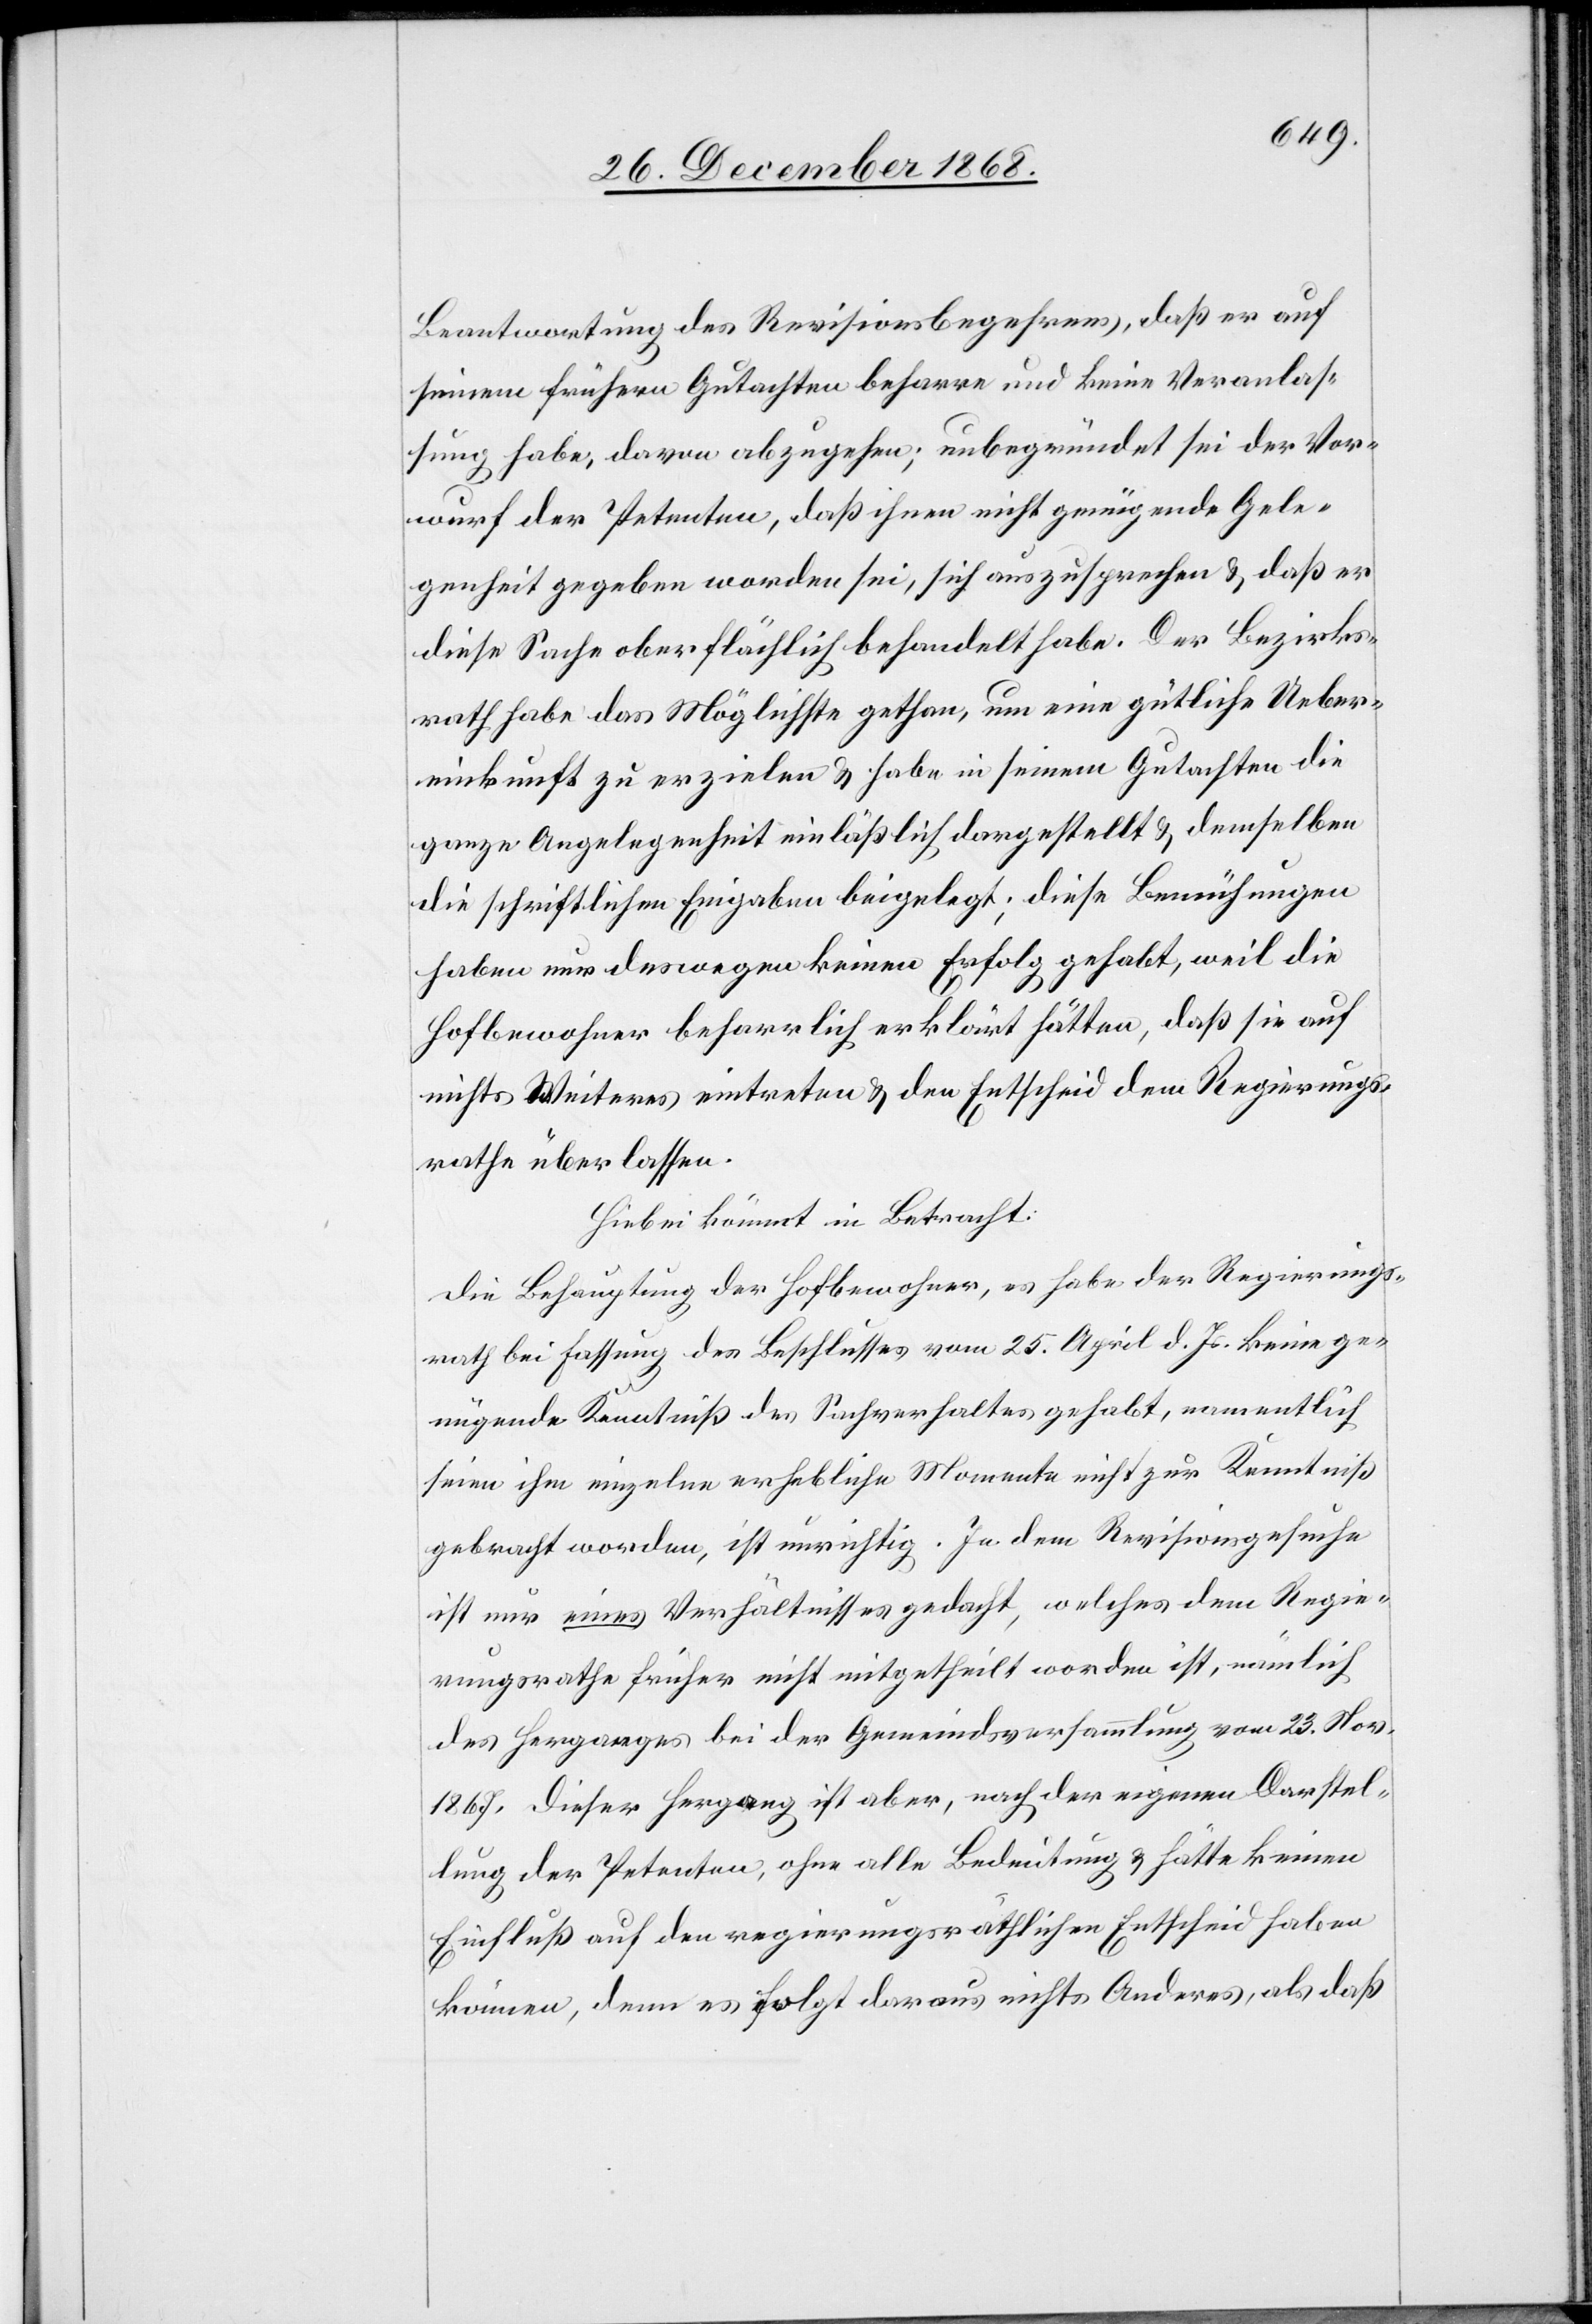
Beantwortung des Revisionsbegehrens, daß er auf
seinem frühern Gutachten beharre und keine Veranlas¬
sung habe, davon abzugehen; unbegründet sei der Vor¬
wurf der Petenten, daß ihnen nicht genügende Gele¬
genheit gegeben worden sei, sich auszusprechen & daß er
diese Sache oberflächlich behandelt habe. Der Bezirks¬
rath habe das Möglichste gethan, um eine gütliche Ueber¬
einkunft zu erzielen & habe in seinem Gutachten die
ganze Angelegenheit einläßlich dargestellt & demselben
die schriftlichen Eingaben beigelegt; diese Bemühungen
haben nur deswegen keinen Erfolg gehabt, weil die
Hofbewohner beharrlich erklärt hätten, daß sie auf
nichts Weiteres eintreten & den Entscheid dem Regierungs¬
rathe überlassen.
Hiebei kömmt in Betracht:
Die Behauptung der Hofbewohner, es habe der Regierungs¬
rath bei Fassung des Beschlusses vom 25. April d. Js. keine ge¬
nügende Kenntniß des Sachverhaltes gehabt, namentlich
seien ihm einzelne erhebliche Momente nicht zur Kenntniß
gebracht worden, ist unrichtig. In dem Revisionsgesuche
ist nur eines Verhältnisses gedacht, welches dem Regie¬
rungsrathe früher nicht mitgetheilt worden ist, nämlich
des Herganges bei der Gemeindsversammlung vom 23. Nov.
1867. Dieser Hergang ist aber, nach der eigenen Darstel¬
lung der Petenten, ohne alle Bedeutung & hätte keinen
Einfluß auf den regierungsräthlichen Entscheid haben
können, denn es folgt daraus nichts Anderes, als daß